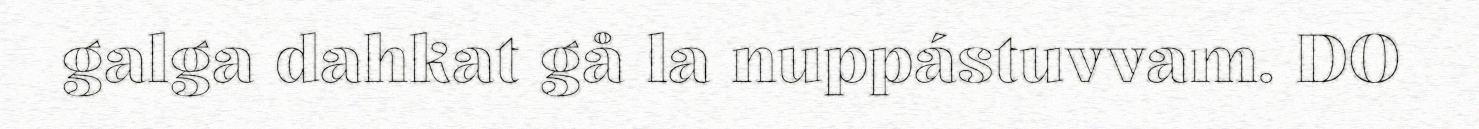
galga dahkat gå la nuppástuvvam. DO